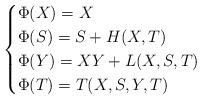
LaTeX: \begin{align*}\begin{cases}\Phi(X)=X\\\Phi(S)=S+H(X,T)\\\Phi(Y)=XY+L(X,S,T)\\\Phi(T)=T(X,S,Y,T)\end{cases}\end{align*}